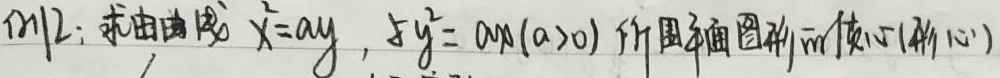
例2：求由曲线$x^{2}=ay$，与$y^{2}=ax(a > 0)$所围平面图形的质心(形心)。